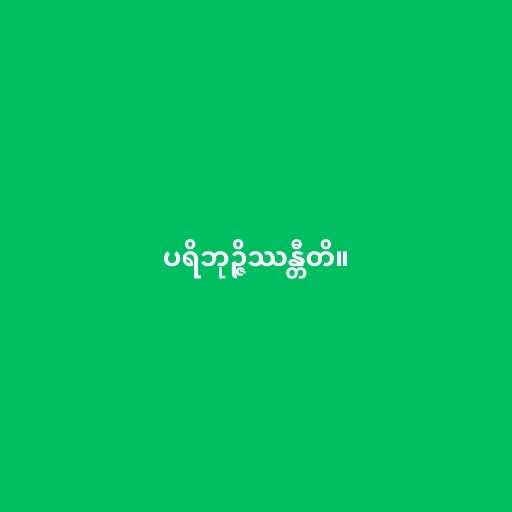
ပရိဘုဉ္ဇိဿန္တီတိ။